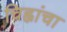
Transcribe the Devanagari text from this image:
चिह्नांचा